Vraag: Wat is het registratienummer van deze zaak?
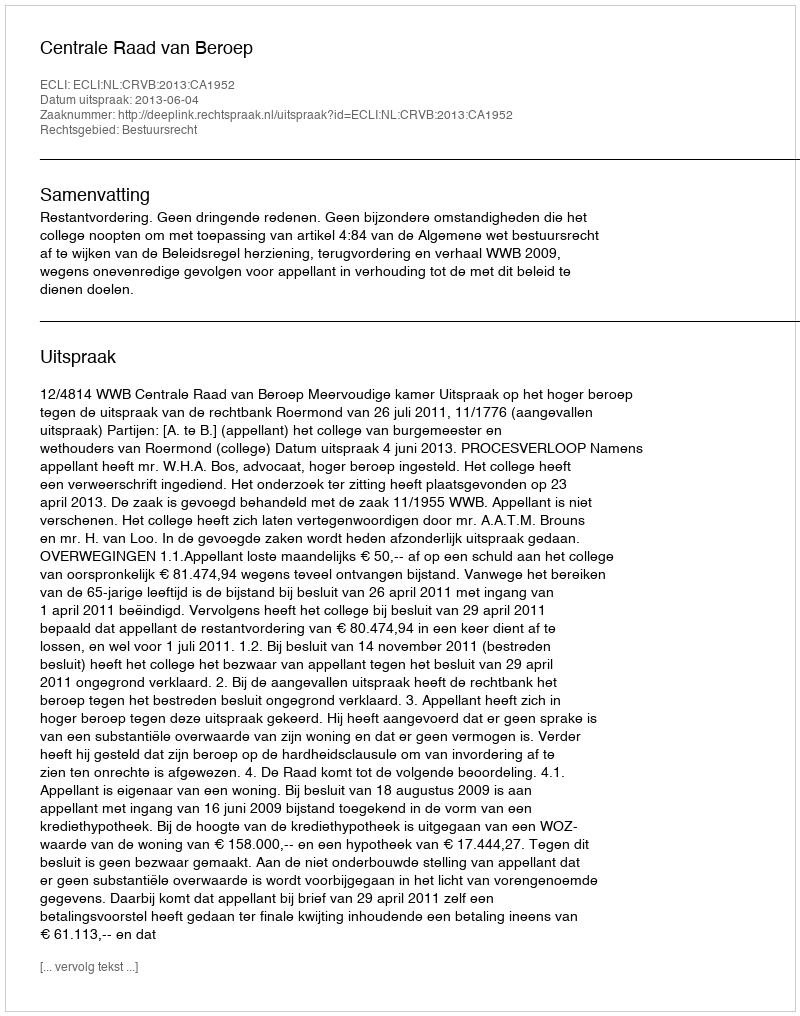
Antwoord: http://deeplink.rechtspraak.nl/uitspraak?id=ECLI:NL:CRVB:2013:CA1952